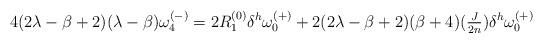
LaTeX: \begin{align*} 4(2\lambda-\beta+2)(\lambda-\beta)\omega^{(-)}_4 &=2 R^{(0)}_1\delta^h\omega^{(+)}_0+2(2\lambda-\beta+2)(\beta+4)(\tfrac{J}{2n})\delta^h\omega^{(+)}_0 \end{align*}